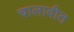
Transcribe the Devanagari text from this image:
चालावीत